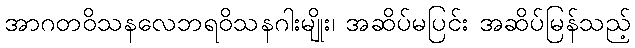
အာဂတဝိသနလေဘရဝိသနဂါးမျိုး၊ အဆိပ်မပြင်း အဆိပ်မြန်သည့်